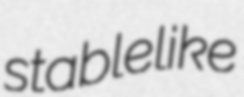
stablelike